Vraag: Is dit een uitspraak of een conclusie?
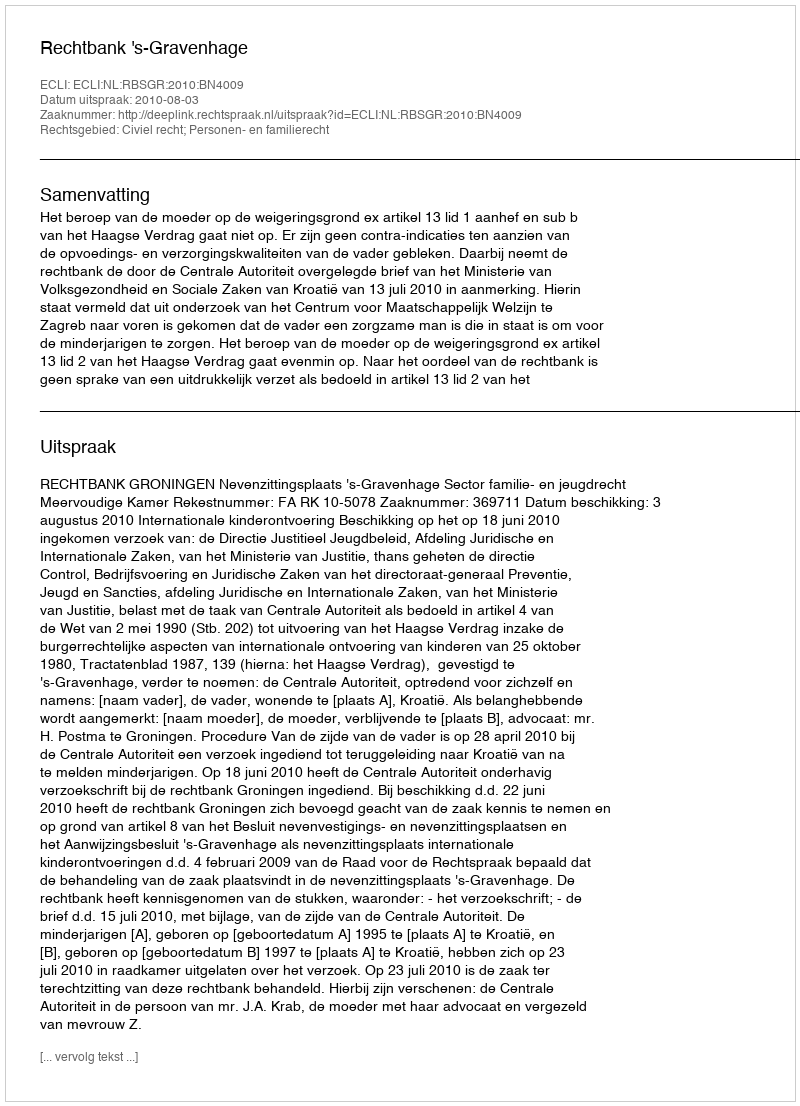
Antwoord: Uitspraak